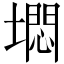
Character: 𱗹